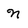
Character: N